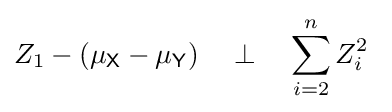
Z_{1}-\left(\mu _{\mathsf {X}}-\mu _{\mathsf {Y}}\right)\quad \perp \quad \sum _{i=2}^{n}Z_{i}^{2}\